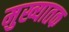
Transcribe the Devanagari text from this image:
मुख्यातक